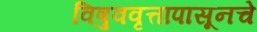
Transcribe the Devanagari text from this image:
विषुववृत्तापासूनचे